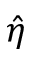
\hat { \eta }